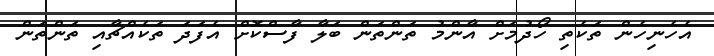
އެހެނިހެން ތަކެތި ހޯދުމަށް އާންމު ތަންތަން ބަލާ ފާސްކޮށް އެފަދަ ތަކެއްޗާއި ތަންތަން